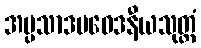
အပ္ပသာဒပဝေဒနီယသုတ္တံ